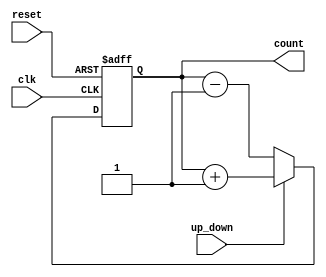
module UpDownCounter (
    input wire clk,          // Clock signal
    input wire reset,        // Asynchronous reset signal
    input wire up_down,      // Control signal to determine count direction
    output reg [7:0] count   // Output count value (for 8-bit counter)
);

always @(posedge clk or posedge reset) begin
    if (reset) begin
        count <= 8'b00000000;   // Reset counter to initial value
    end else begin
        if (up_down) begin
            count <= count + 8'b00000001;  // Increment count if up_down is high
        end else begin
            count <= count - 8'b00000001;  // Decrement count if up_down is low
        end
    end
end

endmodule